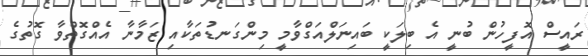
ރައީސް އޮފީހުން ބުނީ އެ ބިލަކީ ބައިނަލްއަގްވާމީ މިންގަނޑުތަކާއި ޒަމާނާ އެއްގޮތްވާ ގޮތުގެ